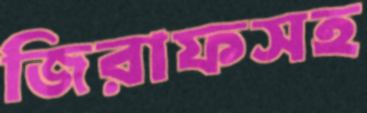
জিরাফসহ